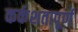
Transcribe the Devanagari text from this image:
कर्कशतापूर्ण